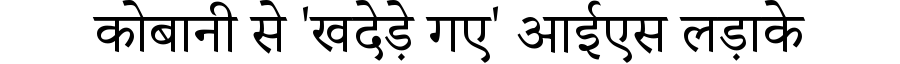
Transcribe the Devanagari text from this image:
कोबानी से 'खदेड़े गए' आईएस लड़ाके